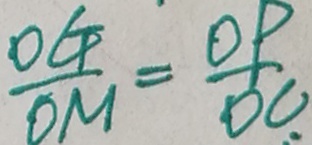
\frac { O G } { O M } = \frac { O P } { D C . }